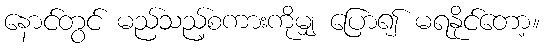
နောင်တွင် မည်သည့်စကားကိုမျှ ပြော၍ မရနိုင်တော့။